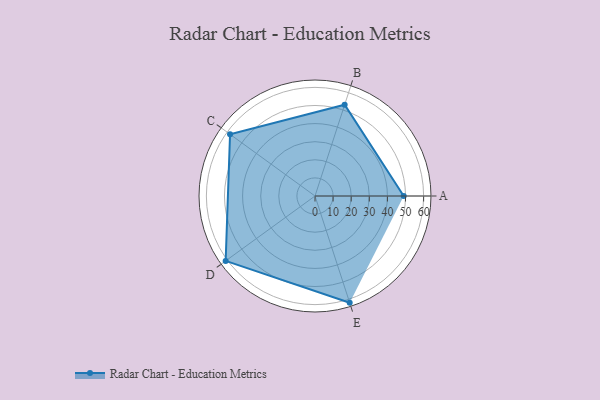
{"axis": {"x": "Skill", "y": "Score"}, "legend": ["Profile"], "data": [{"x": "A", "y": 49.0, "type": "Profile"}, {"x": "B", "y": 53.0, "type": "Profile"}, {"x": "C", "y": 58.0, "type": "Profile"}, {"x": "D", "y": 61.0, "type": "Profile"}, {"x": "E", "y": 62.0, "type": "Profile"}]}